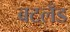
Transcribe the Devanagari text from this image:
बटलँड